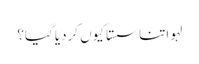
لہو اتنا سستا کیوں کردیا گیا؟